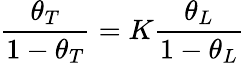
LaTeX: \frac{\theta_{T}}{1-\theta_{T}}=K\frac{\theta_{L}}{1-\theta_{L}}